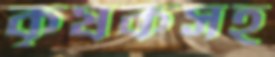
কৃষকসহ